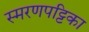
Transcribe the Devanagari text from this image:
स्मरणपट्टिका